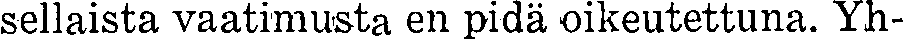
sellaista vaatimusta en pidä oikeutettuna. Yh-